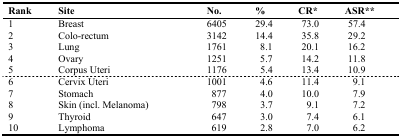
| Rank | Site | No. | % | CR* | ASR** |
 | --- | --- | --- | --- | --- | --- |
 | 1 | Breast | 6405 | 29.4 | 73.0 | 57.4 |
 | 2 | Colo-rectum | 3142 | 14.4 | 35.8 | 29.2 |
 | 3 | Lung | 1761 | 8.1 | 20.1 | 16.2 |
 | 4 | Ovary | 1251 | 5.7 | 14.2 | 11.8 |
 | 5 | Corpus Uteri | 1176 | 5.4 | 13.4 | 10.9 |
 | 6 | Cervix Uteri | 1001 | 4.6 | 11.4 | 9.1 |
 | 7 | Stomach | 877 | 4.0 | 10.0 | 7.9 |
 | 8 | Skin (incl. Melanoma) | 798 | 3.7 | 9.1 | 7.2 |
 | 9 | Thyroid | 647 | 3.0 | 7.4 | 6.1 |
 | 10 | Lymphoma | 619 | 2.8 | 7.0 | 6.2 |